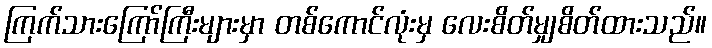
ကြက်သားကြော်ကြီးများမှာ တစ်ကောင်လုံးမှ လေးစိတ်မျှစိတ်ထားသည်။